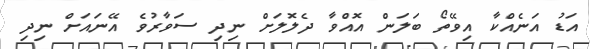
އަޑު އަނެއްކާ އިވޭތޯ ބަލަން އޮއްވާ ދެލޮލަށް ނިދި ސަވާރުވެ އޭނައަށް ނިދި